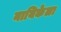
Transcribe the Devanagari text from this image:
नायिकेला